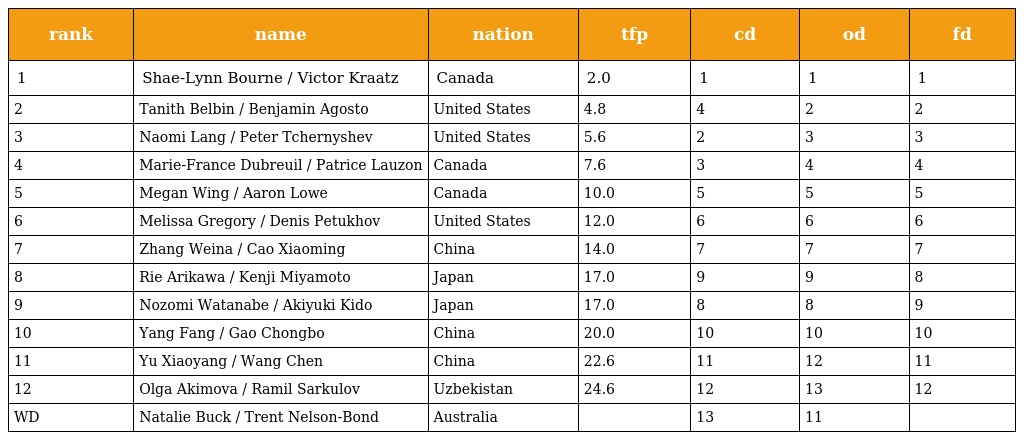
| rank | name | nation | tfp | cd | od | fd |
 | --- | --- | --- | --- | --- | --- | --- |
 | 1 | Shae-Lynn Bourne / Victor Kraatz | Canada | 2.0 | 1 | 1 | 1 |
 | 2 | Tanith Belbin / Benjamin Agosto | United States | 4.8 | 4 | 2 | 2 |
 | 3 | Naomi Lang / Peter Tchernyshev | United States | 5.6 | 2 | 3 | 3 |
 | 4 | Marie-France Dubreuil / Patrice Lauzon | Canada | 7.6 | 3 | 4 | 4 |
 | 5 | Megan Wing / Aaron Lowe | Canada | 10.0 | 5 | 5 | 5 |
 | 6 | Melissa Gregory / Denis Petukhov | United States | 12.0 | 6 | 6 | 6 |
 | 7 | Zhang Weina / Cao Xiaoming | China | 14.0 | 7 | 7 | 7 |
 | 8 | Rie Arikawa / Kenji Miyamoto | Japan | 17.0 | 9 | 9 | 8 |
 | 9 | Nozomi Watanabe / Akiyuki Kido | Japan | 17.0 | 8 | 8 | 9 |
 | 10 | Yang Fang / Gao Chongbo | China | 20.0 | 10 | 10 | 10 |
 | 11 | Yu Xiaoyang / Wang Chen | China | 22.6 | 11 | 12 | 11 |
 | 12 | Olga Akimova / Ramil Sarkulov | Uzbekistan | 24.6 | 12 | 13 | 12 |
 | WD | Natalie Buck / Trent Nelson-Bond | Australia |  | 13 | 11 |  |